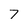
Character: 7